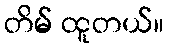
တိမ် ထူတယ်။